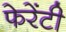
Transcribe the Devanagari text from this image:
फेरेंटी